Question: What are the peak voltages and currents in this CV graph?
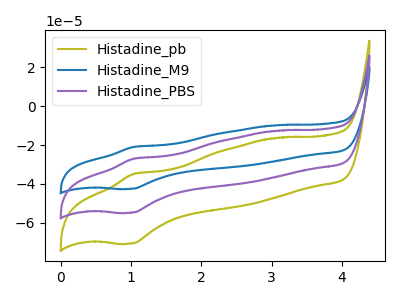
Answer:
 <answer>The olive curve "Histadine_pb" has an anodic peak at (1.05V, -34.90uA) and a cathodic peak at (1.00V, -70.80uA). The blue curve "Histadine_M9" has an anodic peak at (1.05V, -54.10uA) and a cathodic peak at (1.00V, -109.80uA). The purple curve "Histadine_PBS" has an anodic peak at (1.05V, -27.05uA) and a cathodic peak at (1.00V, -54.90uA).</answer>
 <eval></eval>